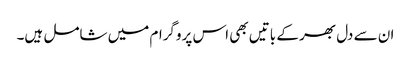
ان سے دل بھر کے باتیں بھی اس پروگرام میں شامل ہیں۔